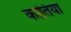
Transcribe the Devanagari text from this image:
कातिया